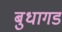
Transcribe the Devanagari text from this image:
बुधागड